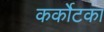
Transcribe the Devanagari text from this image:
कर्कोटका